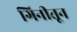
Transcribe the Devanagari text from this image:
गिनीतून